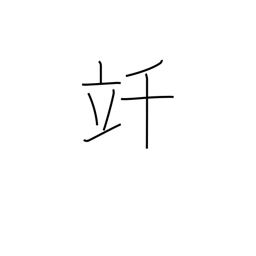
Meaning: kilolitre